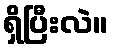
ရှိပြီးလဲ။